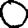
Digit: 0